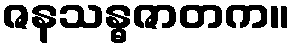
ဇနသန္ဓဇာတက။